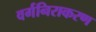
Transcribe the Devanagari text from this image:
वर्गनिराकरण